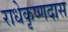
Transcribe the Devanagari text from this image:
राधेकृष्णदास